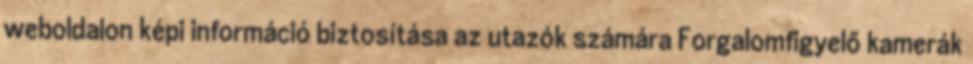
weboldalon képi információ biztosítása az utazók számára Forgalomfigyelő kamerák